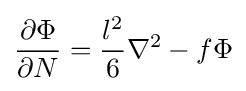
{\frac {\partial \Phi }{\partial N}}={\frac {l^{2}}{6}}\nabla ^{2}-f\Phi